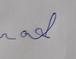
Signature authenticity: forged